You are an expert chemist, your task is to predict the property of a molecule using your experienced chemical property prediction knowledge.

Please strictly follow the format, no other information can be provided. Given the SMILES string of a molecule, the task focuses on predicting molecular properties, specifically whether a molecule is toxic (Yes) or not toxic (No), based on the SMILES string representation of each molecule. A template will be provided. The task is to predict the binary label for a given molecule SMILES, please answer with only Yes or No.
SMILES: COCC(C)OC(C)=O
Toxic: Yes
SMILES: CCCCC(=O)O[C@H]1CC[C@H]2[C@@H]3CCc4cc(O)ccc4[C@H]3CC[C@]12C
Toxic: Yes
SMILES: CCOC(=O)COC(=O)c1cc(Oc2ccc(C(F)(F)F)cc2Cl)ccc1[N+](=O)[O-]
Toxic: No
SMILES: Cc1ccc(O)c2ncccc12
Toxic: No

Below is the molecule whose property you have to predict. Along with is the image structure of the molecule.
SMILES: C=C(NC(=O)C(=C)NC(=O)c1csc(C2=NC3c4csc(n4)C4NC(=O)c5csc(n5)C(C(C)(O)C(C)O)NC(=O)C5CSC(=N5)/C(=C\C)NC(=O)C(C(C)O)NC(=O)c5csc(n5)C3(CC2)NC(=O)C(C)NC(=O)C(=C)NC(=O)C(C)NC(=O)C(C(C)CC)NC2C=Cc3c(C(C)O)cc(nc3C2O)C(=O)OC4C)n1)C(N)=O
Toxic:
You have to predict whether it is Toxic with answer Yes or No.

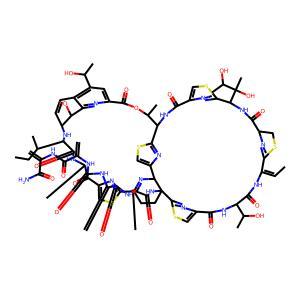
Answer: No